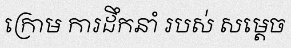
ក្រោម ការដឹកនាំ របស់ សម្តេច